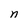
Character: n